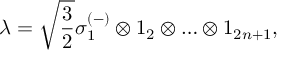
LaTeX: \lambda = \sqrt { \frac { 3 } { 2 } } \sigma _ { 1 } ^ { ( - ) } \otimes 1 _ { 2 } \otimes \ldots \otimes 1 _ { 2 n + 1 } ,